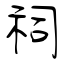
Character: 祠